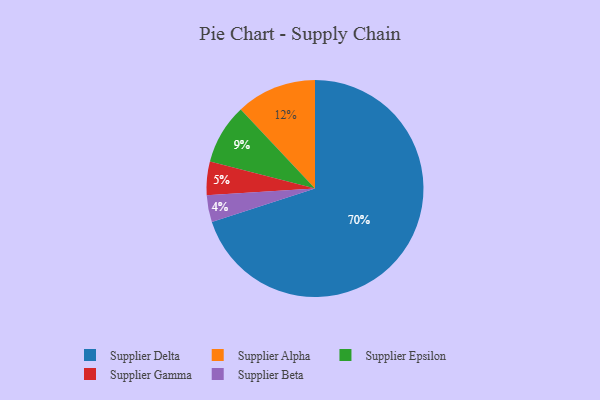
{"axis": {"x": "Category", "y": "Percentage"}, "legend": ["Supplier Alpha", "Supplier Beta", "Supplier Delta", "Supplier Epsilon", "Supplier Gamma"], "data": [{"x": "Supplier Alpha", "y": 12, "type": "Supplier Alpha"}, {"x": "Supplier Delta", "y": 70, "type": "Supplier Delta"}, {"x": "Supplier Gamma", "y": 5, "type": "Supplier Gamma"}, {"x": "Supplier Epsilon", "y": 9, "type": "Supplier Epsilon"}, {"x": "Supplier Beta", "y": 4, "type": "Supplier Beta"}]}